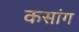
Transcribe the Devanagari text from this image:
कसांग